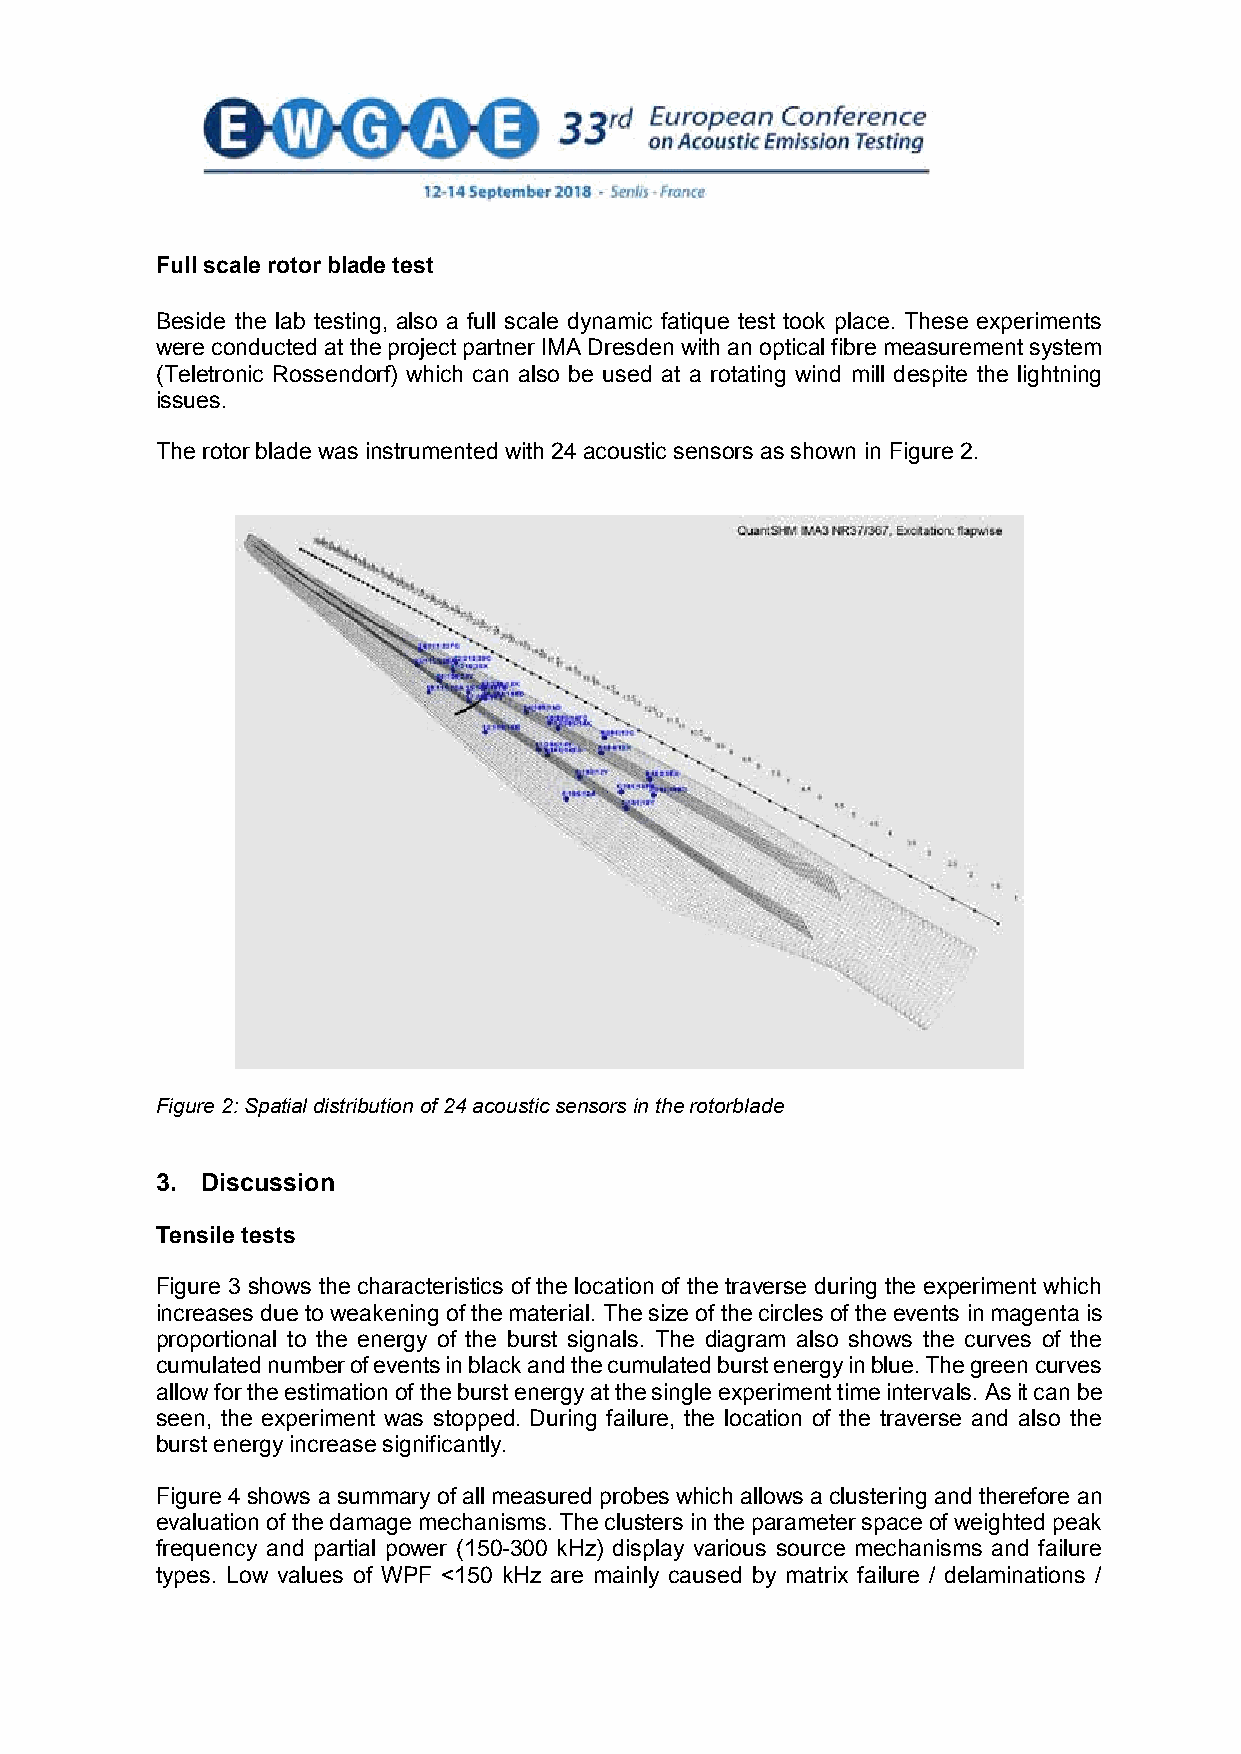
Full scale rotor blade test
 Beside the lab testing, also a full scale dynamic fatique test took place. These experiments
 were conducted at the project partner IMA Dresden with an optical fibre measurement system
 (Teletronic Rossendorf) which can also be used at a rotating wind mill despite the lightning
 issues.
 The rotor blade was instrumented with 24 acoustic sensors as shown in Figure 2.
 Figure 2: Spatial distribution of 24 acoustic sensors in the rotorblade
 3. Discussion
 Tensile tests
 Figure 3 shows the characteristics of the location of the traverse during the experiment which
 increases due to weakening of the material. The size of the circles of the events in magenta is
 proportional to the energy of the burst signals. The diagram also shows the curves of the
 cumulated number of events in black and the cumulated burst energy in blue. The green curves
 allow for the estimation of the burst energy at the single experiment time intervals. As it can be
 seen, the experiment was stopped. During failure, the location of the traverse and also the
 burst energy increase significantly.
 Figure 4 shows a summary of all measured probes which allows a clustering and therefore an
 evaluation of the damage mechanisms. The clusters in the parameter space of weighted peak
 frequency and partial power (150-300 kHz) display various source mechanisms and failure
 types. Low values of WPF <150 kHz are mainly caused by matrix failure / delaminations /
 3